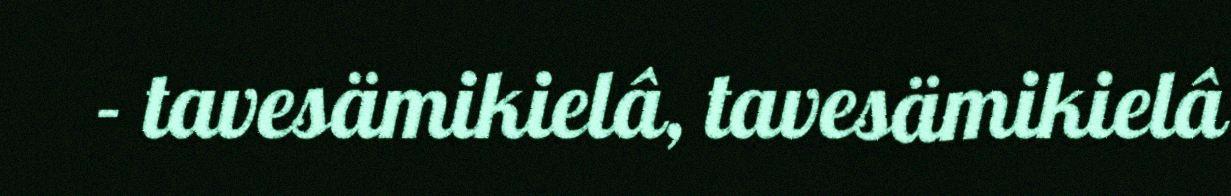
- tavesämikielâ, tavesämikielâ